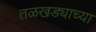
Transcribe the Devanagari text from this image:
तळखड्याच्या